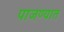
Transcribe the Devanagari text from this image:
पाजण्यात